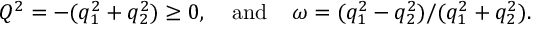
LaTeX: Q ^ { 2 } = - ( q _ { 1 } ^ { 2 } + q _ { 2 } ^ { 2 } ) \geq 0 , \; \; \; \; \mathrm { a n d } \; \; \; \; \omega = ( q _ { 1 } ^ { 2 } - q _ { 2 } ^ { 2 } ) / ( q _ { 1 } ^ { 2 } + q _ { 2 } ^ { 2 } ) .